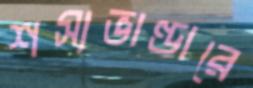
শস্যভাণ্ডারে